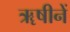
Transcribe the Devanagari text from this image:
ॠषीनें